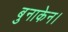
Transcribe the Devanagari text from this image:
बुनाकेन।